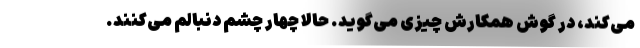
می‌کند، درِ گوش همکارش چیزی می‌گوید. حالا چهار چشم دنبالم می‌کنند.